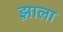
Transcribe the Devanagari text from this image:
झ़ाला